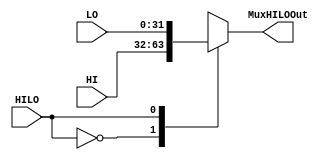
module MuxHILO (
    input wire[31:0] HI,
    input wire[31:0] LO,
    input wire HILO,
	output reg[31:0] MuxHILOOut
);
always @(*) begin
	case(HILO)
		1'b0:
			MuxHILOOut <= HI;
		1'b1:
			MuxHILOOut <= LO;
	endcase
end
endmodule